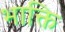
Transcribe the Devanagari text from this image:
भाक्ति